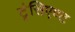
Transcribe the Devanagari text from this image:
ट्रंसिएण्ट